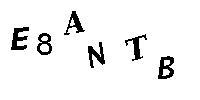
E8ANTB